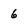
Character: 6